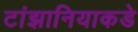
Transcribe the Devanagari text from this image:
टांझानियाकडे